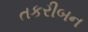
તકરીબન